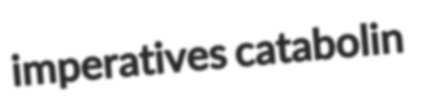
imperatives catabolin